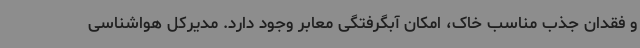
و فقدان جذب مناسب خاک، امکان آبگرفتگی معابر وجود دارد. مدیرکل هواشناسی